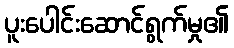
ပူးပေါင်းဆောင်ရွက်မှု၏